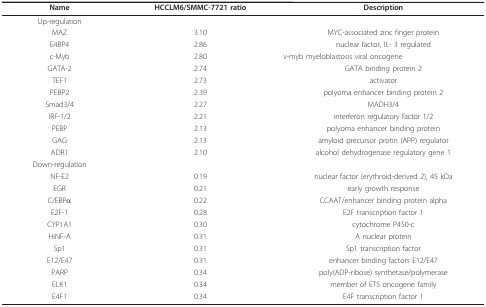
<table><thead><tr><td><b>Name</b></td><td><b>HCCLM6/SMMC-7721 ratio</b></td><td><b>Description</b></td></tr></thead><tbody><tr><td>Up-regulation</td><td></td><td></td></tr><tr><td>MAZ</td><td>3.10</td><td>MYC-associated zinc finger protein</td></tr><tr><td>E4BP4</td><td>2.86</td><td>nuclear factor, IL- 3 regulated</td></tr><tr><td>c-Myb</td><td>2.80</td><td>v-myb myeloblastosis viral oncogene</td></tr><tr><td>GATA-2</td><td>2.74</td><td>GATA binding protein 2</td></tr><tr><td>TEF1</td><td>2.73</td><td>activator</td></tr><tr><td>PEBP2</td><td>2.39</td><td>polyoma enhancer binding protein 2</td></tr><tr><td>Smad3/4</td><td>2.27</td><td>MADH3/4</td></tr><tr><td>IRF-1/2</td><td>2.21</td><td>interferon regulatory factor 1/2</td></tr><tr><td>PEBP</td><td>2.13</td><td>polyoma enhancer binding protein</td></tr><tr><td>GAG</td><td>2.13</td><td>amyloid precursor protin (APP) regulator</td></tr><tr><td>ADR1</td><td>2.10</td><td>alcohol dehydrogenase regulatory gene 1</td></tr><tr><td>Down-regulation</td><td></td><td></td></tr><tr><td>NF-E2</td><td>0.19</td><td>nuclear factor (erythroid-derived 2), 45 kDa</td></tr><tr><td>EGR</td><td>0.21</td><td>early growth response</td></tr><tr><td>C/EBPα</td><td>0.22</td><td>CCAAT/enhancer binding protein alpha</td></tr><tr><td>E2F-1</td><td>0.28</td><td>E2F transcription factor 1</td></tr><tr><td>CYP1A1</td><td>0.30</td><td>cytochrome P450-c</td></tr><tr><td>HiNF-A</td><td>0.31</td><td>A nuclear protein</td></tr><tr><td>Sp1</td><td>0.31</td><td>Sp1 transcription factor</td></tr><tr><td>E12/E47</td><td>0.31</td><td>enhancer binding factors E12/E47</td></tr><tr><td>PARP</td><td>0.34</td><td>poly(ADP-ribose) synthetase/polymerase</td></tr><tr><td>ELK1</td><td>0.34</td><td>member of ETS oncogene family</td></tr><tr><td>E4F1</td><td>0.34</td><td>E4F transcription factor 1</td></tr></tbody></table>